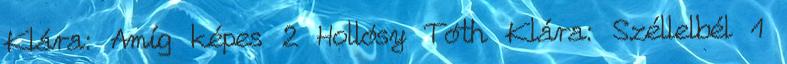
Klára: Amíg képes 2 Hollósy Tóth Klára: Széllelbél 1